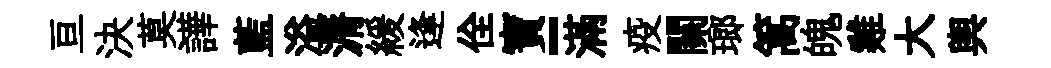
亘決莫譁藍溢漘緩逢佺寶-滿疫關瑯篙魄雞大輿